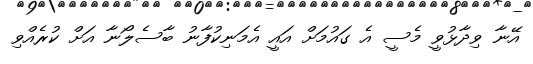
އޭނާ ވިދާޅުވީ މެސީ އެ ގައުމަށް އައީ އެމަނިކުފާނު ބާސެލޯނާ އަށް ކުރެއްވި